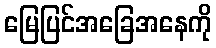
မြေပြင်အခြေအနေကို